Report on horse surra - Volume I
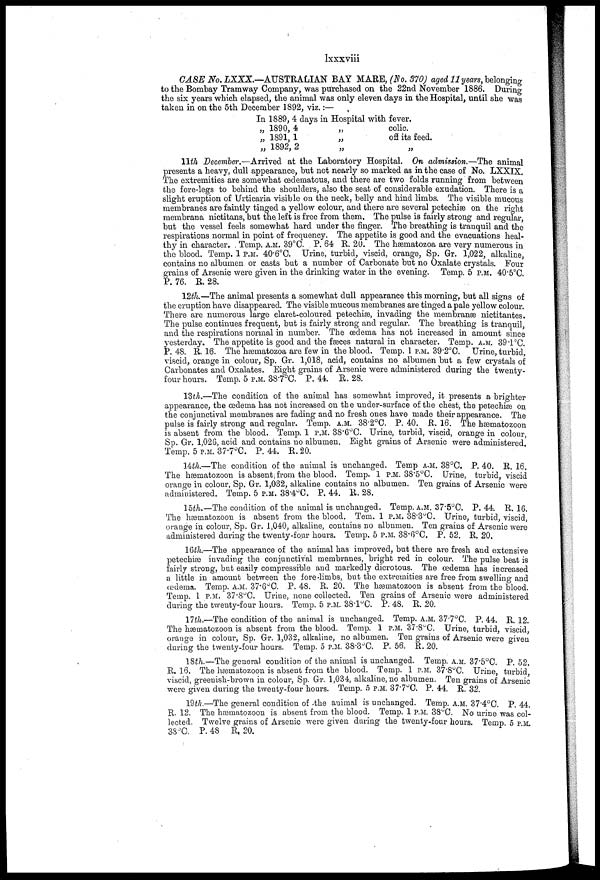
lxxxviii
CASE No.LXXX.—AUSTRALIAN
BAY MARE, (No. 370) aged 11 years. belonging
to the Bombay Tramway Company, was purchased on the 22nd November 1886. During
the six years which elapsed, the animal was only eleven days in the Hospital, until she was
taken in on the 5th December 1892, viz.:—
In 1889, 4 days in
„ 1890, 4
„ 1891,1
„ 1892, 2
Hospital with
„
„
„
fever.
colic.
off its feed.
„
11th December.—Arrived at the Laboratory Hospital. On admission.—The animal
presents a heavy, dull appearance, but not nearly so marked as in the case of No. LXXIX.
The extremities are somewhat œdematous, and there are two folds running from between
the fore-legs to behind the shoulders, also the seat of considerable exudation. There is a
slight eruption of Urticaria visible on the neck, belly and hind limbs. The visible mucous
membranes are faintly tinged a yellow colour, and there are several petechias on the right
membrana nictitans, but the left is free from them. The pulse is fairly strong and regular,
but the vessel feels somewhat hard under the finger. The breathing is tranquil and the
respirations normal in point of frequency. The appetite is good and the evacuations heal-
thy in character. Temp. A.M. 39°C. P. 64 R. 20. The hæmatozoa are very numerous in
the blood. Temp. 1 P.M. 40.6°C. Urine, turbid, viscid, orange, Sp. Gr. 1,022, alkaline,
contains no albumen or casts but a number of Carbonate but no Oxalate crystals. Four
grains of Arsenic were given in the drinking water in the evening. Temp. 5 P.M. 40.5°C
P. 76. R. 28.
12th.—The animal presents a somewhat dull appearance this morning, but all signs of
the eruption have disappeared. The visible mucous membranes are tinged apale yellow colour.
There are numerous large claret-coloured petechiæ, invading the membranæ nictitantes.
The pulse continues frequent, but is fairly strong and regular. The breathing is tranquil,
and the respirations normal in number. The œdema has not increased in amount since
yesterday. The appetite is good and the faeces natural in character. Temp. A.M. 39.1°C.
P. 48. R. 16. The hæmatozoa are few in the blood. Temp. 1 P.M. 39.2°C. Urine, turbid,
viscid, orange in colour, Sp. Gr. 1,018, acid, contains no albumen but a few crystals of
Carbonates and Oxalates. Bight grains of Arsenic were administered during the twenty-
four hours. Temp. 5 P.M. 38.7°C. P. 44. R. 28.
13th.—The condition of the animal has somewhat improved, it presents a brighter
appearance, the œdema has not increased on the under-surface of the chest, the petechiæ on
the conjunctival membranes are fading and no fresh ones have made their appearance. The
pulse is fairly strong and regular. Temp. A.M. 38.2°C. P. 40. R. 16. The hæmatozoon
is absent from the blood. Temp. 1 P.M. 38.6°C. Urine, turbid, viscid, orange in colour,
Sp. Gr. 1,026, acid and contains no albumen. Eight grains of Arsenic were administered'
Temp. 5 P.M. 37.7°C. P. 44. R. 20.
14th.—The condition of the animal is unchanged. Temp A.M. 38°C. P. 40. R. 16.
The hæmatozoon is absent; from the blood. Temp. 1 P.M. 38.5°C. Urine, turbid, viscid
orange in colour, Sp. Gr. 1,032, alkaline contains no albumen. Ten grains of Arsenic were
administered. Temp. 5 P.M. 38.4°C. P. 44. R. 28.
15th.—The condition of the animal is unchanged. Temp. A.M. 37.5°C. P. 44. R. 16.
The hæmatozoon is absent from the blood. Tern. 1 P.M. 38.3°C. Urine, turbid, viscid,
orange in colour, Sp. Gr. 1,040, alkaline, contains no albumen. Ten grains of Arsenic were
administered during the twenty-four hours. Temp. 5 P.M. 38.6°C. P. 52. R. 20.
16th.—The appearance of the animal has improved, but there are fresh and extensive
petechiæ invading the conjunctival membranes, bright red in colour. The pulse beat is
fairly strong, but easily compressible and markedly dicrotous. The œdema has increased
a little in amount between the fore-limbs, but the extremities are free from swelling and
œdema. Temp. A.M. 37.6°C. P. 48. R. 20. The hæmatozoon is absent from the blood.
Temp. 1 P.M. 37.8°C. Urine, none collected. Ten grains of Arsenic were administered
during the twenty-four hours. Temp. 5 P.M. 38.l°C. P. 48. R. 20.
17th.—The condition of the animal is unchanged. Temp. A.M. 37.7°C. P. 44. R. 12.
The hæmatozoon is absent from the blood. Temp. 1 P.M. 37.8°C. Urine, turbid, viscid,
orange in colour, Sp. Gr. 1,032, alkaline, no albumen. Ten grains of Arsenic were given
during the twenty-four hours. Temp. 5 .P.M. 38.3°C. P. 56. R. 20.
18th.—The general condition of the animal is unchanged. Temp. A.M. 37.5°C. P. 52.
R. 16. The hæmatozoon is absent from the blood. Temp. 1 P.M. 37.8°C. Urine, turbid,
viscid, greenish-brown in colour, Sp. Gr. 1,034, alkaline, no albumen. Ten grains of Arsenic
were given during the twenty-four hours. Temp. 5 P.M. 37.7°c. P. 44. R. 32.
192th.—The general condition of the animal is unchanged. Temp. A.M. 37.4°C. P. 44.
R. 12. The hæniatozoon is absent from the blood. Temp. 1 P.M. 38°C. No urine was col-
lected. Twelve grains of Arsenic were given during the twenty-four hours. Temp 5 P.M.
38°C. P, 48 R, 20.